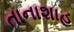
તાનાશાહ